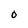
Character: O